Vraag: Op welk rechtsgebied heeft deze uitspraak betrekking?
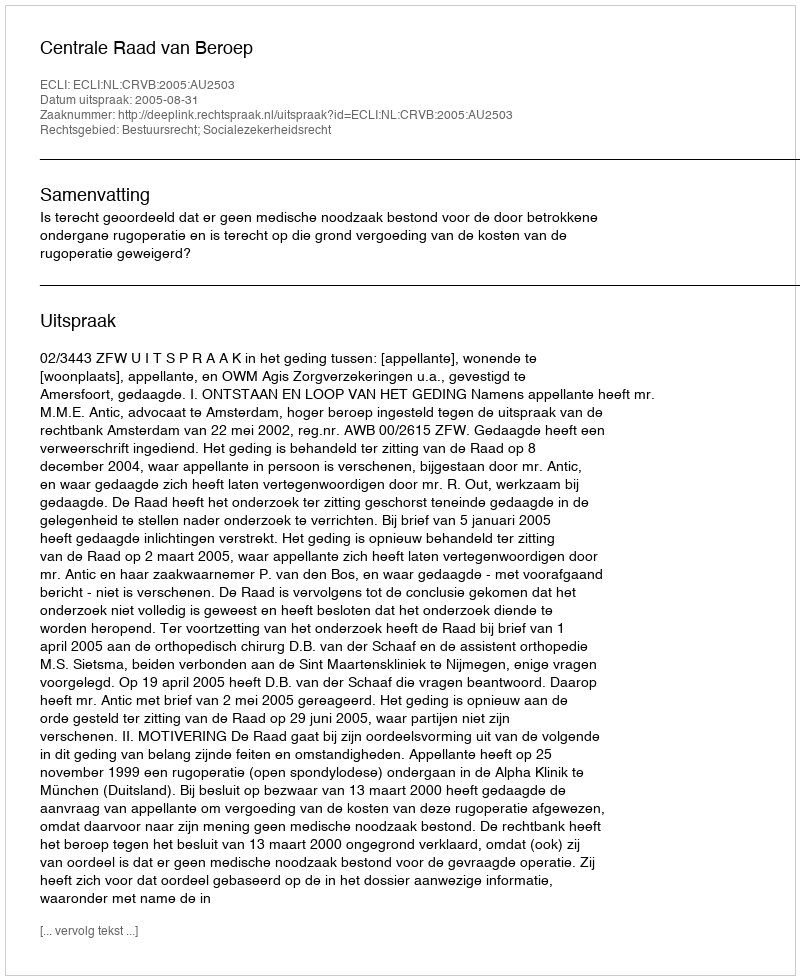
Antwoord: Bestuursrecht; Socialezekerheidsrecht